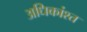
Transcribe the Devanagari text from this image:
अधिकांश्त